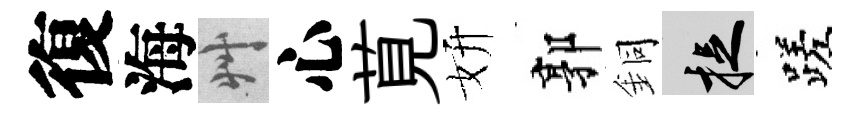
復海艸心莧妍郭銅捉蹉